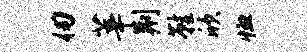
仞莘荆鞋欣恤